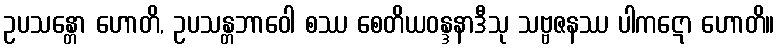
ဥပသန္တော ဟောတိ, ဥပသန္တဘာဝေါ စဿ စေတိယဝန္ဒနာဒီသု သဗ္ဗဇနဿ ပါကဋော ဟောတိ။